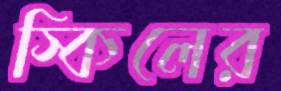
স্কিলের